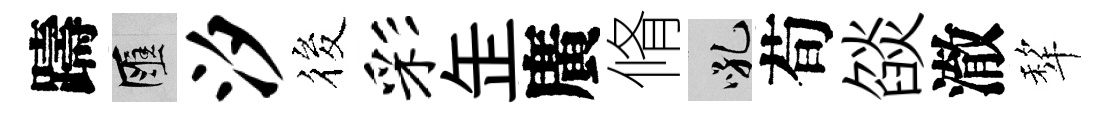
躊匯汐筱彩𦈢廣脩吼荀燄澈犂